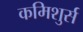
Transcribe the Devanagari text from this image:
कमिशुर्स